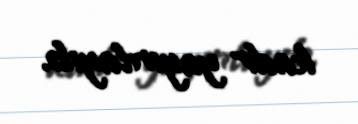
kadr yayınlayıb.